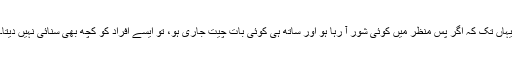
یہاں تک کہ اگر پس منظر میں کوئی شور آ رہا ہو اور ساتھ ہی کوئی بات چیت جاری ہو، تو ایسے افراد کو کچھ بھی سنائی نہیں دیتا۔